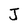
Character: J